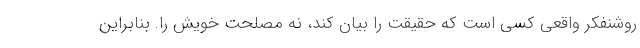
روشنفکر واقعی کسی است که حقیقت را بیان کند، نه مصلحت خویش را. بنابراین